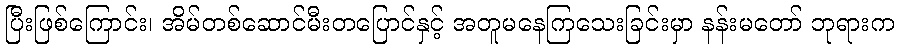
ပြီးဖြစ်ကြောင်း၊ အိမ်တစ်ဆောင်မီးတပြောင်နှင့် အတူမနေကြသေးခြင်းမှာ နန်းမတော် ဘုရားက